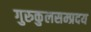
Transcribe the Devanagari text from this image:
गुरुकुलसम्प्रदय